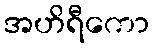
အဟိရီကော